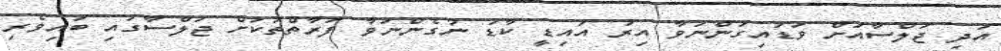
އަދި ޖަލްސާއަށް ވަޑައިގަންނަވާ އިރު އައިޑީ ކާޑު ނުގެންނަވާ ފަރާތްތަކަށް ޖަލްސާގައި ބައިވެރި